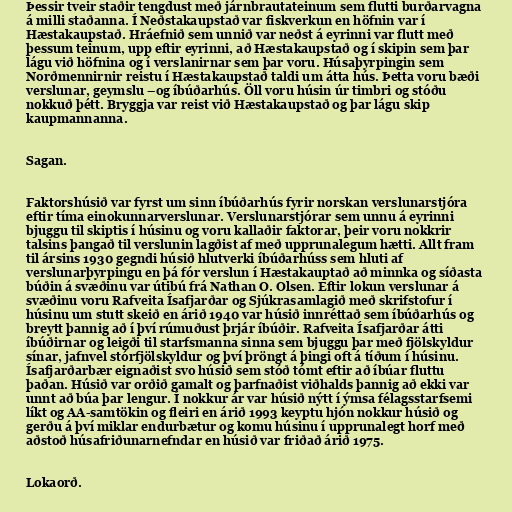
Þessir tveir staðir tengdust með járnbrautateinum sem flutti burðarvagna
á milli staðanna. Í Neðstakaupstað var fiskverkun en höfnin var í
Hæstakaupstað. Hráefnið sem unnið var neðst á eyrinni var flutt með
þessum teinum, upp eftir eyrinni, að Hæstakaupstað og í skipin sem þar
lágu við höfnina og í verslanirnar sem þar voru. Húsaþyrpingin sem
Norðmennirnir reistu í Hæstakaupstað taldi um átta hús. Þetta voru bæði
verslunar, geymslu –og íbúðarhús. Öll voru húsin úr timbri og stóðu
nokkuð þétt. Bryggja var reist við Hæstakaupstað og þar lágu skip
kaupmannanna.

Sagan.

Faktorshúsið var fyrst um sinn íbúðarhús fyrir norskan verslunarstjóra
eftir tíma einokunnarverslunar. Verslunarstjórar sem unnu á eyrinni
bjuggu til skiptis í húsinu og voru kallaðir faktorar, þeir voru nokkrir
talsins þangað til verslunin lagðist af með upprunalegum hætti. Allt fram
til ársins 1930 gegndi húsið hlutverki íbúðarhúss sem hluti af
verslunarþyrpingu en þá fór verslun í Hæstakauptað að minnka og síðasta
búðin á svæðinu var útibú frá Nathan O. Olsen. Eftir lokun verslunar á
svæðinu voru Rafveita Ísafjarðar og Sjúkrasamlagið með skrifstofur í
húsinu um stutt skeið en árið 1940 var húsið innréttað sem íbúðarhús og
breytt þannig að í því rúmuðust þrjár íbúðir. Rafveita Ísafjarðar átti
íbúðirnar og leigði til starfsmanna sinna sem bjuggu þar með fjölskyldur
sínar, jafnvel stórfjölskyldur og því þröngt á þingi oft á tíðum í húsinu.
Ísafjarðarbær eignaðist svo húsið sem stóð tómt eftir að íbúar fluttu
þaðan. Húsið var orðið gamalt og þarfnaðist viðhalds þannig að ekki var
unnt að búa þar lengur. Í nokkur ár var húsið nýtt í ýmsa félagsstarfsemi
líkt og AA-samtökin og fleiri en árið 1993 keyptu hjón nokkur húsið og
gerðu á því miklar endurbætur og komu húsinu í upprunalegt horf með
aðstoð húsafriðunarnefndar en húsið var friðað árið 1975.

Lokaorð.